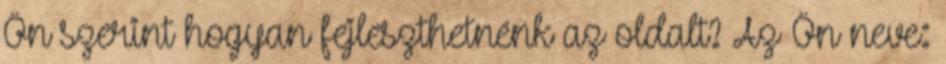
Ön szerint hogyan fejleszthetnénk az oldalt? Az Ön neve: